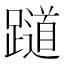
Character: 𬧖